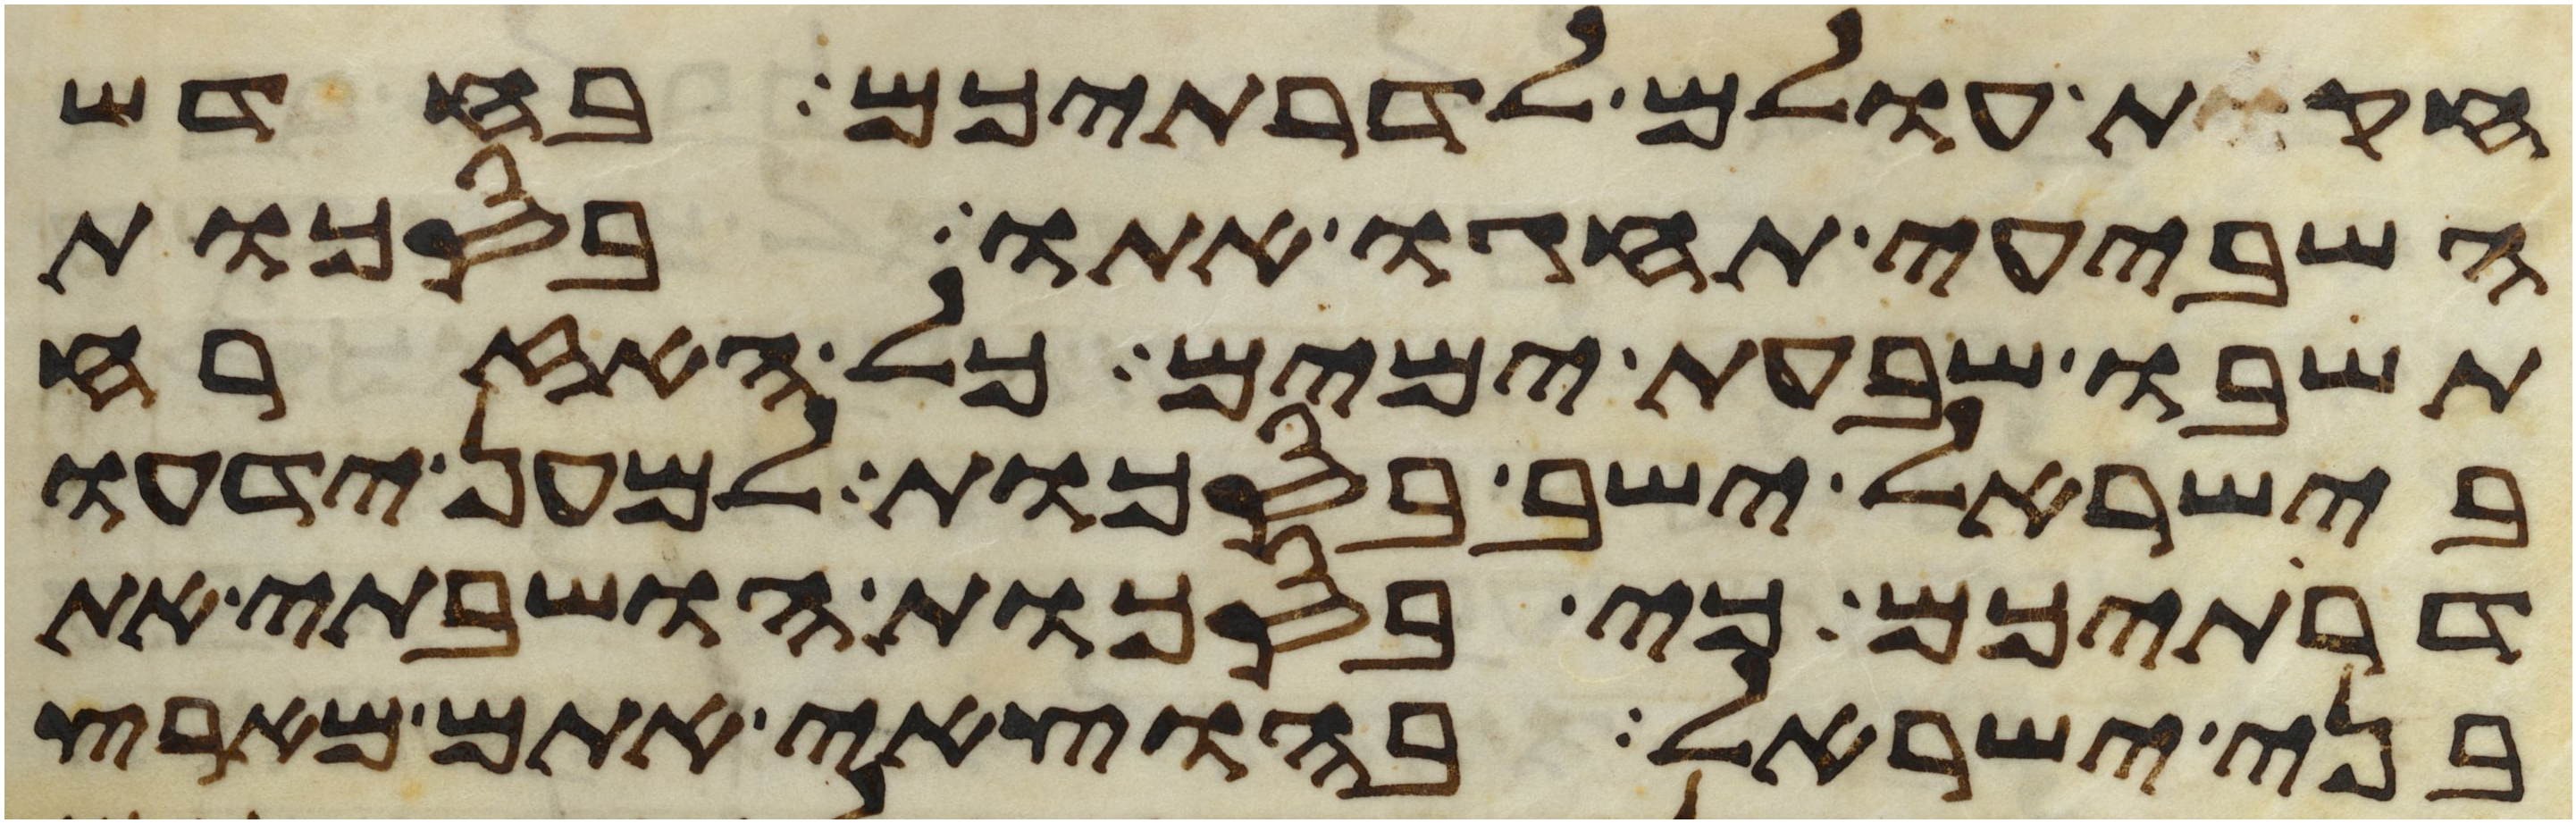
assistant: חקות עולם לדרתיכם בחדש
השביעי תחגו אתו בסכות
תשבו שבעת ימים כל האזרח
בישראל ישב בסכות למען ידעו
דרתיכם כי בסכות הושבתי את
בני ישראל בהוצאי אתם מארץ